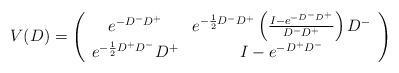
LaTeX: \begin{align*}V(D)=\left( \begin{array}{cc} e^{-D^- D^+} & e^{-\frac{1}{2}D^- D^+}\left( \frac{I- e^{-D^- D^+}}{D^- D^+} \right) D^-\\e^{-\frac{1}{2}D^+ D^-}D^+& I- e^{-D^+ D^-}\end{array} \right)\end{align*}